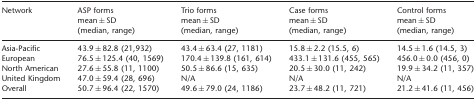
<table><thead><tr><td><b>Network</b></td><td><b>ASP forms mean ± SD (median, range)</b></td><td><b>Trio forms mean ± SD (median, range)</b></td><td><b>Case forms mean ± SD (median, range)</b></td><td><b>Control forms mean ± SD (median, range)</b></td></tr></thead><tbody><tr><td>Asia-Pacific</td><td>43.9 ± 82.8 (21,932)</td><td>43.4 ± 63.4 (27, 1181)</td><td>15.8 ± 2.2 (15.5, 6)</td><td>14.5 ± 1.6 (14.5, 3)</td></tr><tr><td>European</td><td>76.5 ± 125.4 (40, 1569)</td><td>170.4 ± 139.8 (161, 614)</td><td>433.1 ± 131.6 (455, 565)</td><td>456.0 ± 0.0 (456, 0)</td></tr><tr><td>North American</td><td>27.6 ± 55.8 (11, 1100)</td><td>50.5 ± 86.6 (15, 635)</td><td>20.5 ± 30.0 (11, 242)</td><td>19.9 ± 34.2 (11, 357)</td></tr><tr><td>United Kingdom</td><td>47.0 ± 59.4 (28, 696)</td><td>N/A</td><td>N/A</td><td>N/A</td></tr><tr><td>Overall</td><td>50.7 ± 96.4 (22, 1570)</td><td>49.6 ± 79.0 (24, 1186)</td><td>23.7 ± 48.2 (11, 721)</td><td>21.2 ± 41.6 (11, 456)</td></tr></tbody></table>